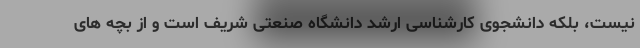
نیست، بلکه دانشجوی کارشناسی ارشد دانشگاه صنعتی شریف است و از بچه های